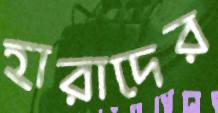
হারাদের